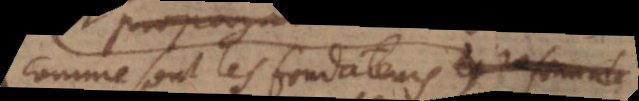
comme sont les fondateurs et renovateurs